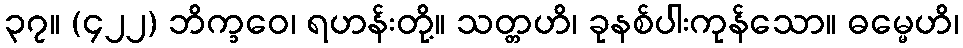
၃၇။ (၄၂၂) ဘိက္ခဝေ၊ ရဟန်းတို့။ သတ္တဟိ၊ ခုနစ်ပါးကုန်သော။ ဓမ္မေဟိ၊